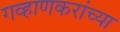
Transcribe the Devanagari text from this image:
गव्हाणकरांच्या